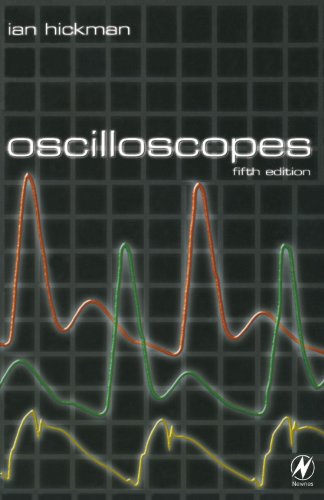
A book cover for Oscilloscopes, Fifth Edition; Ian Hickman EUR.ING  BSc Hons  C. Eng  MIEE  MIEEE; Science & Math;